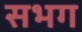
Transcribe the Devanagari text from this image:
सभग